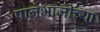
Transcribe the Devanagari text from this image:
पालेभाजीच्या